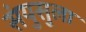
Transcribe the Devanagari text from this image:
संयुसुला